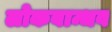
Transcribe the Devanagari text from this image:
लोकबान्धव